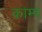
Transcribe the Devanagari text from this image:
काम्प